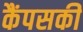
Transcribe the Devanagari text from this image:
कैंपसकी